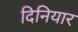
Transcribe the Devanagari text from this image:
दिनियार